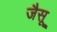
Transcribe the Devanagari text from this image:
जैसू